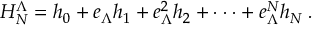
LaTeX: H _ { N } ^ { \Lambda } = h _ { 0 } + e _ { \Lambda } h _ { 1 } + e _ { \Lambda } ^ { 2 } h _ { 2 } + \cdot \cdot \cdot + e _ { \Lambda } ^ { N } h _ { N } \; .